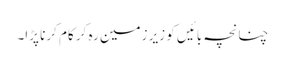
چنانچہ بائیں کو زیرِ زمین رہ کر کام کرنا پڑا۔